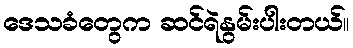
ဒေသခံတွေက ဆင်ရဲနွမ်းပါးတယ်။